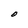
Character: O